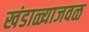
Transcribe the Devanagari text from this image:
खंडाळ्याजवळ